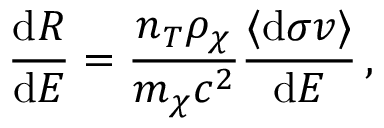
\frac { \mathrm { d } R } { \mathrm { d } E } = \frac { n _ { T } \rho _ { \chi } } { m _ { \chi } c ^ { 2 } } \frac { \langle \mathrm { d } \sigma v \rangle } { \mathrm { d } E } \, ,